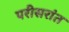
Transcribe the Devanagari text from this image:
परीसरांत